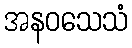
အနဝသေသံ